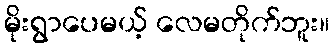
မိုးရွာပေမယ့် လေမတိုက်ဘူး။